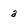
Character: a